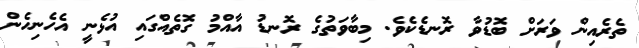
ތެރެއިން ވަރަށް ބޮޑުވާ ރޮނޑެކެވެ. މިބާވަތުގެ ރޮނޑު އާއްމު ގޮތެއްގައި އުޅެނީ އެހެނިހެން